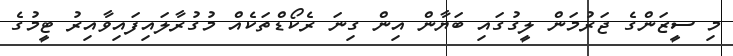
މި ސީޒަންގެ ޖަރުމަން ލީގުގައި ބަޔާން އިން ގިނަ ރެކޯޑްތަކެއް މުގުރާލައިފައިވާއިރު ޓީމުގެ